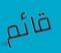
قائم